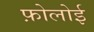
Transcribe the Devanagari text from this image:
फ़ोलोई